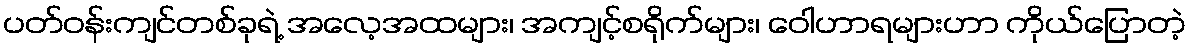
ပတ်ဝန်းကျင်တစ်ခုရဲ့ အလေ့အထများ၊ အကျင့်စရိုက်များ၊ ဝေါဟာရများဟာ ကိုယ်ပြောတဲ့